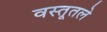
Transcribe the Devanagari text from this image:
वस्तूतले